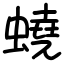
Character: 蟯